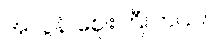
အလွန် ဈေးကြီးတယ်။